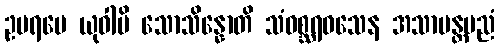
ဥပရမေ ယုဝါပိ သောသိန္နောတိ သံဝစ္ဆရဝသေန အသာမန္တပညံ